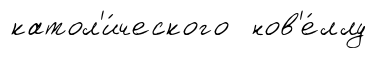
катол'и́ческого нов'е́ллу